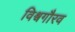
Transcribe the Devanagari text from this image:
विश्वगौरव